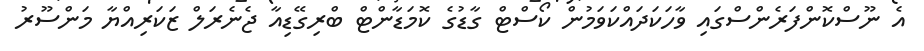
އެ ނޫސްކޮންފަރެންސްގައި ވާހަކަދައްކަވަމުން ކޯސްޓް ގާޑުގެ ކޮމަޑާންޓް ބްރިގޭޑިއާ ޖެނެރަލް ޒަކަރިއްޔާ މަންސޫރު